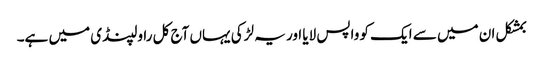
بمشکل ان میں سے ایک کو واپس لایا اور یہ لڑکی یہاں آج کل راولپنڈی میں ہے۔